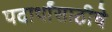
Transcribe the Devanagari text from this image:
पदार्थांसाठीचे